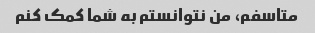
متاسفم، من نتوانستم به شما کمک کنم